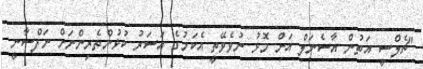
"ޗެލްސީ އަތުން އާސެނަލް އަށް މޮޅު ނުވެވޭތީ އެކަމުގެ އަސަރު ކުޅުންތެރިންނަށް ނަފްސާނީ